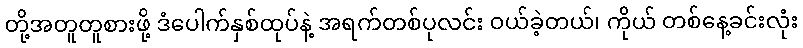
တို့အတူတူစားဖို့ ဒံပေါက်နှစ်ထုပ်နဲ့ အရက်တစ်ပုလင်း ဝယ်ခဲ့တယ်၊ ကိုယ် တစ်နေ့ခင်းလုံး